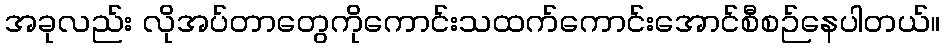
အခုလည်း လိုအပ်တာတွေကိုကောင်းသထက်ကောင်းအောင်စီစဉ်နေပါတယ်။